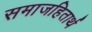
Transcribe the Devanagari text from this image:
समाजहितार्थ